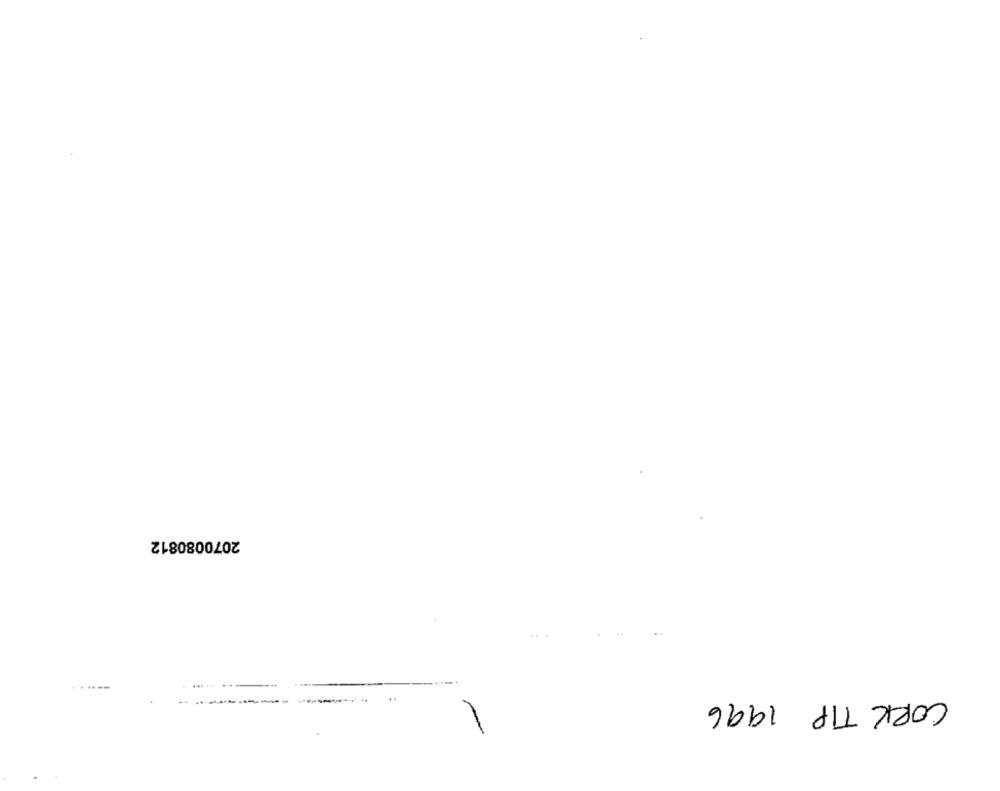
2070080812
CORK TIP 1996
..